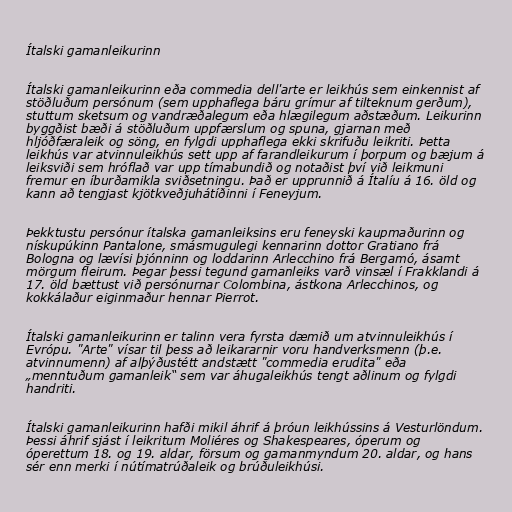
Ítalski gamanleikurinn

Ítalski gamanleikurinn eða commedia dell'arte er leikhús sem einkennist af
stöðluðum persónum (sem upphaflega báru grímur af tilteknum gerðum),
stuttum sketsum og vandræðalegum eða hlægilegum aðstæðum. Leikurinn
byggðist bæði á stöðluðum uppfærslum og spuna, gjarnan með
hljóðfæraleik og söng, en fylgdi upphaflega ekki skrifuðu leikriti. Þetta
leikhús var atvinnuleikhús sett upp af farandleikurum í þorpum og bæjum á
leiksviði sem hróflað var upp tímabundið og notaðist því við leikmuni
fremur en íburðamikla sviðsetningu. Það er upprunnið á Ítalíu á 16. öld og
kann að tengjast kjötkveðjuhátíðinni í Feneyjum.

Þekktustu persónur ítalska gamanleiksins eru feneyski kaupmaðurinn og
nískupúkinn Pantalone, smásmugulegi kennarinn dottor Gratiano frá
Bologna og lævísi þjónninn og loddarinn Arlecchino frá Bergamó, ásamt
mörgum fleirum. Þegar þessi tegund gamanleiks varð vinsæl í Frakklandi á
17. öld bættust við persónurnar Colombina, ástkona Arlecchinos, og
kokkálaður eiginmaður hennar Pierrot.

Ítalski gamanleikurinn er talinn vera fyrsta dæmið um atvinnuleikhús í
Evrópu. "Arte" vísar til þess að leikararnir voru handverksmenn (þ.e.
atvinnumenn) af alþýðustétt andstætt "commedia erudita" eða
„menntuðum gamanleik“ sem var áhugaleikhús tengt aðlinum og fylgdi
handriti.

Ítalski gamanleikurinn hafði mikil áhrif á þróun leikhússins á Vesturlöndum.
Þessi áhrif sjást í leikritum Moliéres og Shakespeares, óperum og
óperettum 18. og 19. aldar, försum og gamanmyndum 20. aldar, og hans
sér enn merki í nútímatrúðaleik og brúðuleikhúsi.